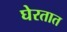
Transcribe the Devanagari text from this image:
घेरतात